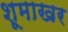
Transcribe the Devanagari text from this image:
शूमाखर